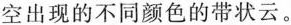
空出现的不同颜色的带状云。